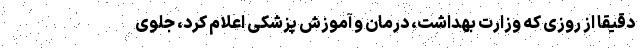
دقیقاً از روزی که وزارت بهداشت، درمان و آموزش پزشکی اعلام کرد، جلوی